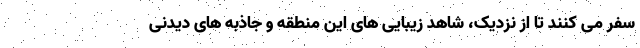
سفر می کنند تا از نزدیک، شاهد زیبایی های این منطقه و جاذبه های دیدنی